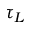
\tau _ { L }